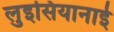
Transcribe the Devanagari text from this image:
लुइसियानाई